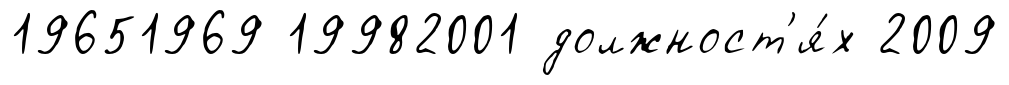
19651969 19982001 должност'я́х 2009